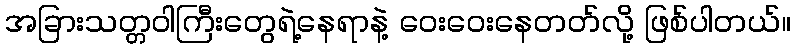
အခြားသတ္တဝါကြီးတွေရဲ့နေရာနဲ့ ဝေးဝေးနေတတ်လို့ ဖြစ်ပါတယ်။